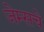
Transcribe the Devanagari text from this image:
जेम्सचे